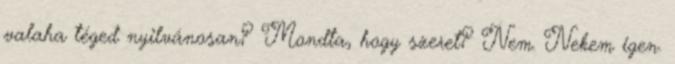
valaha téged nyilvánosan? Mondta, hogy szeret? Nem. Nekem igen.